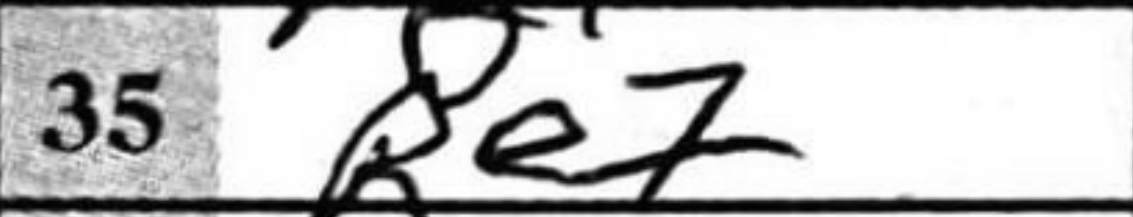
Transcription: Re7